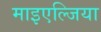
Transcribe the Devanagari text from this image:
माइएल्जिया